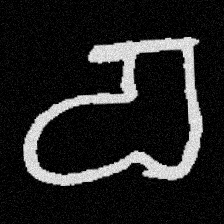
Pyu character \u2014 Myanmar letter: စ (romanized: ca)